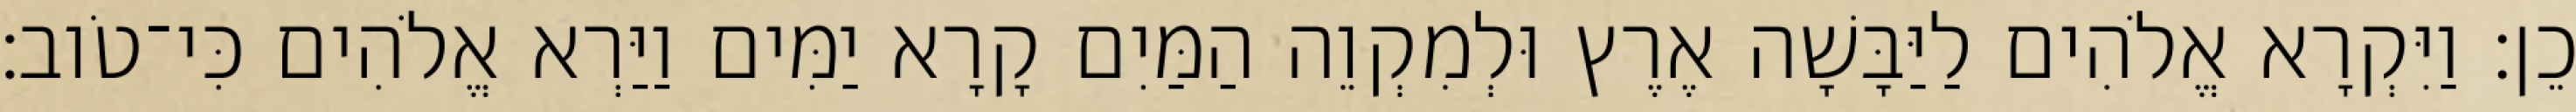
כֵן׃ וַיִּקְרָא אֱלֹהִים לַיַּבָּשָׁה אֶרֶץ וּלְמִקְוֵה הַמַּיִם קָרָא יַמִּים וַיַּרְא אֱלֹהִים כִּי־טֹוב׃